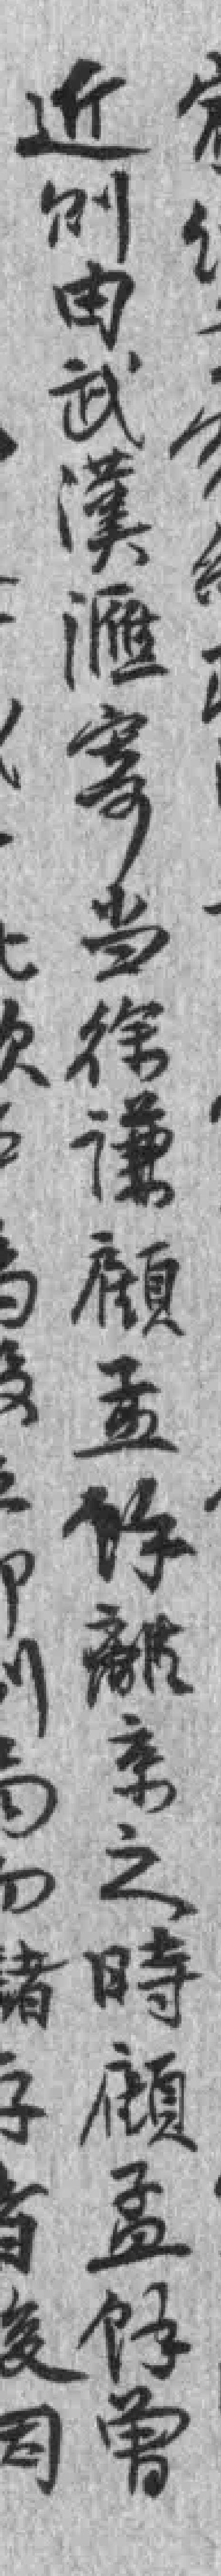
近则由武漢滙寄当徐谦顧孟餘離京之時顧孟餘曾